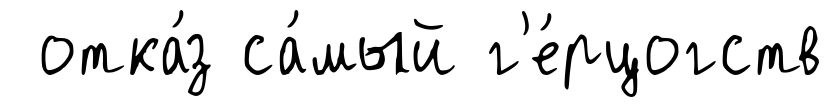
отка́з са́мый г'е́рцогств